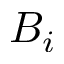
B _ { i }